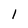
Character: 1